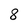
Character: 8